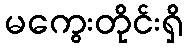
မကွေးတိုင်းရှိ